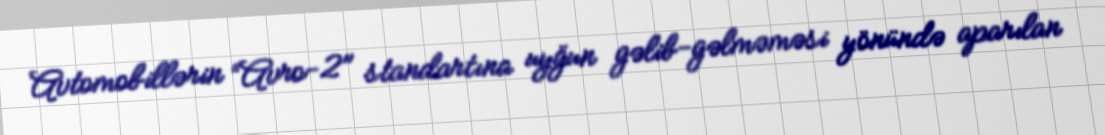
Avtomobillərin “Avro-2" standartına uyğun gəlib-gəlməməsi yönündə aparılan